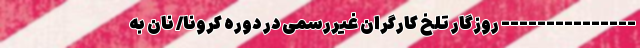
--------------- روزگارِ تلخِ کارگران غیررسمی در دوره کرونا/ نان به